Report of an investigation in regard to the prevalence of stegomyia and other mosquitoes in Karachi, and the measures necessary for their control
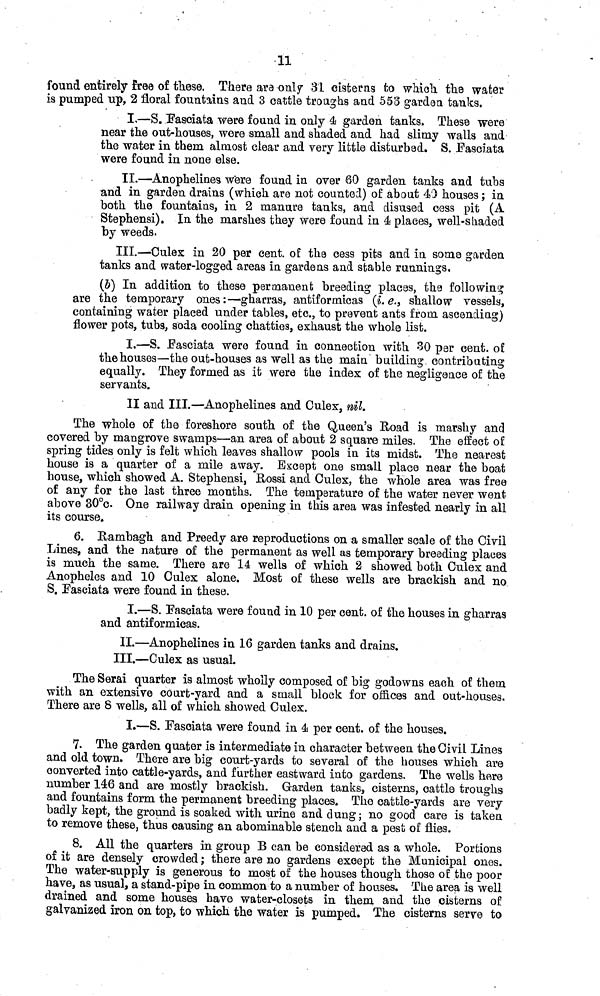
11
found entirely free of these. There are only 31 cisterns to which the water
is pumped up, 2 floral fountains and 3 cattle troughs and 553 garden tanks.
I.—S. Fasciata were found in only 4 garden tanks. These were
near the out-houses, were small and shaded and had slimy walls and
the water in them almost clear and very little disturbed, S. Fasciata
were found in none else.
II.—Anophelines were found in over 60 garden tanks and tubs
and in garden drains (which are not counted) of about 40 houses; in
both the fountains, in 2 manure tanks, and disused cess pit (A
Stephensi). In the marshes they were found in 4 places, well-shaded
by weeds.
III.—Culex in 20 per cent. of the cess pits and in some garden
tanks and water-logged areas in gardens and stable runnings,
(6) In addition to these permanent breeding places, the following
are the temporary ones:—gharras, antiformicas (i.e., shallow vessels,
containing water placed under tables, etc., to prevent ants from ascending)
flower pots, tubs, soda cooling chatties, exhaust the whole list.
I.—S. Fasciata were found in connection with 30 per cent. of
the houses—the out-houses as well as the main building contributing
equally. They formed as it were the index of the negligence of the
servants.
II and III.—Anophelines and Culex, nil.
The whole of the foreshore south of the Queen's Road is marshy and
covered by mangrove swamps—an area of about 2 square miles. The effect of
spring tides only is felt which leaves shallow pools in its midst. The nearest
house is a quarter of a mile away. Except one small place near the boat
house, which showed A. Stephensi, Rossi and Culex, the whole area was free
of any for the last three months. The temperature of the water never went
above 30°c One railway drain opening in this area was infested nearly in all
its course.
6. Rambagh and Preedy are reproductions on a smaller scale of the Civil
Lines, and the nature of the permanent as well as temporary breeding places
is much the same. There are 14 wells of which 2 showed both Culex and
Anopheles and 10 Culex alone. Most of these wells are brackish and no
S. Fasciata were found in these.
I.—S. Fasciata were found in 10 per cent. of the houses in gharras
and antiformicas.
II.—Anophelines in 16 garden tanks and drains.
III.—Culex as usual.
The Serai quarter is almost wholly composed of big godowns each of them
with an extensive court-yard and a small block for offices and out-houses.
There are 8 wells, all of which showed Culex.
I.—S. Fasoiata were found in 4 per cent. of the houses.
7. The garden quater is intermediate in character between the Civil Lines
and old town. There are big court-yards to several of the houses which are
converted into cattle-yards, and further eastward into gardens. The wells here
number 146 and are mostly brackish. Garden tanks, cisterns, cattle troughs
and fountains form the permanent breeding places. The cattle-yards are very
badly kept, the ground is soaked with urine and clung; no good care is taken
to remove these, thus causing an abominable stench and a pest of flies.
8. All the quarters in group B can be considered as a whole. Portions
of it are densely crowded; there are no gardens except the Municipal ones.
The water-supply is generous to most of the houses though those of the poor
have, as usual, a stand-pipe in common to a number of houses. The area is well
drained and some houses have water-closets in them and the cisterns of
galvanized iron on top, to which the water is pumped. The cisterns serve to